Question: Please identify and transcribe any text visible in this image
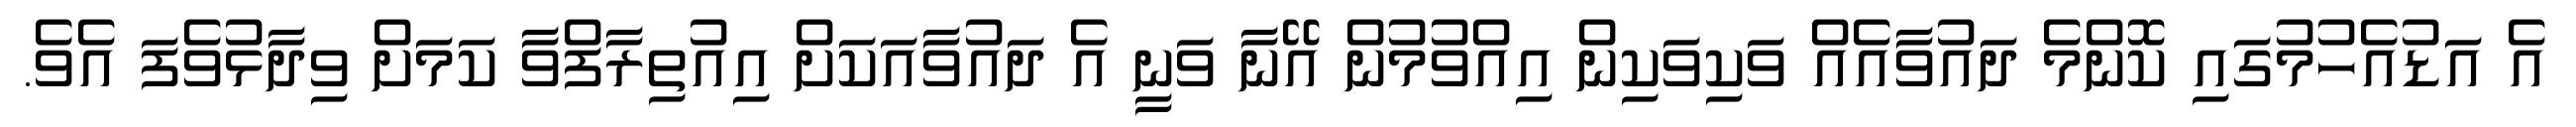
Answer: އެ އަޑުއެހުމުގައި ކޮންމެ ދައުވާއެއް ވަކިވަކިން އިއްވުމުން އޭނާ ވަނީ އެ ދައުވާއަކަށް އިއުތިރާފްވާ ކަމަށް ވިދާޅުވެފަ އެވެ.